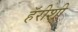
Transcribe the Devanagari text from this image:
हॅरीशी